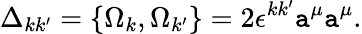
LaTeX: \Delta_{kk^{\prime}}=\{ \Omega_{k},\Omega_{k^{\prime}}\} =2\epsilon^{kk^{\prime}}\mathtt{a}^{\mu}\mathtt{a}^{\mu}.